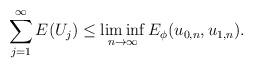
LaTeX: \begin{align*} \sum_{j=1}^\infty E(U_j) \leq \liminf_{n \rightarrow \infty} E_\phi (u_{0,n}, u_{1,n}). \end{align*}